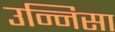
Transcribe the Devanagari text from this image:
उन्निसा